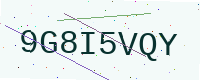
Text: 9G8I5VQY